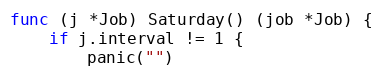
Language: Go
func (j *Job) Saturday() (job *Job) {
	if j.interval != 1 {
		panic("")